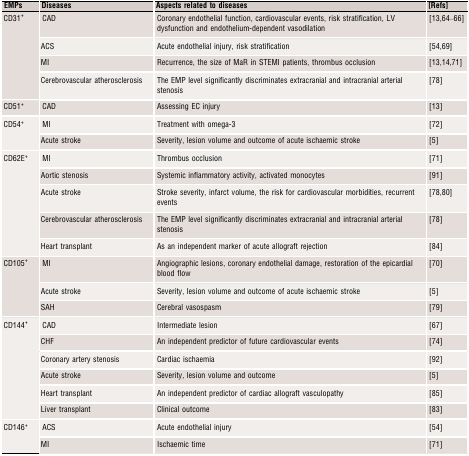
<table><thead><tr><td><b>EMPs</b></td><td><b>Diseases</b></td><td><b>Aspects related to diseases</b></td><td><b>[Refs]</b></td></tr></thead><tbody><tr><td rowspan="4">CD31<sup>+</sup></td><td>CAD</td><td>Coronary endothelial function, cardiovascular events, risk stratification, LV dysfunction and endothelium‐dependent vasodilation</td><td>13, 64, 65, 66</td></tr><tr><td>ACS</td><td>Acute endothelial injury, risk stratification</td><td>54, 69</td></tr><tr><td>MI</td><td>Recurrence, the size of MaR in STEMI patients, thrombus occlusion</td><td>13, 14, 71</td></tr><tr><td>Cerebrovascular atherosclerosis</td><td>The EMP level significantly discriminates extracranial and intracranial arterial stenosis</td><td>78</td></tr><tr><td>CD51<sup>+</sup></td><td>CAD</td><td>Assessing EC injury</td><td>13</td></tr><tr><td rowspan="2">CD54<sup>+</sup></td><td>MI</td><td>Treatment with omega‐3</td><td>72</td></tr><tr><td>Acute stroke</td><td>Severity, lesion volume and outcome of acute ischaemic stroke</td><td>5</td></tr><tr><td rowspan="5">CD62E<sup>+</sup></td><td>MI</td><td>Thrombus occlusion</td><td>71</td></tr><tr><td>Aortic stenosis</td><td>Systemic inflammatory activity, activated monocytes</td><td>91</td></tr><tr><td>Acute stroke</td><td>Stroke severity, infarct volume, the risk for cardiovascular morbidities, recurrent events</td><td>78, 80</td></tr><tr><td>Cerebrovascular atherosclerosis</td><td>The EMP level significantly discriminates extracranial and intracranial arterial stenosis</td><td>78</td></tr><tr><td>Heart transplant</td><td>As an independent marker of acute allograft rejection</td><td>84</td></tr><tr><td rowspan="3">CD105<sup>+</sup></td><td>MI</td><td>Angiographic lesions, coronary endothelial damage, restoration of the epicardial blood flow</td><td>70</td></tr><tr><td>Acute stroke</td><td>Severity, lesion volume and outcome of acute ischaemic stroke</td><td>5</td></tr><tr><td>SAH</td><td>Cerebral vasospasm</td><td>79</td></tr><tr><td rowspan="6">CD144<sup>+</sup></td><td>CAD</td><td>Intermediate lesion</td><td>67</td></tr><tr><td>CHF</td><td>An independent predictor of future cardiovascular events</td><td>74</td></tr><tr><td>Coronary artery stenosis</td><td>Cardiac ischaemia</td><td>92</td></tr><tr><td>Acute stroke</td><td>Severity, lesion volume and outcome</td><td>5</td></tr><tr><td>Heart transplant</td><td>An independent predictor of cardiac allograft vasculopathy</td><td>85</td></tr><tr><td>Liver transplant</td><td>Clinical outcome</td><td>83</td></tr><tr><td rowspan="2">CD146<sup>+</sup></td><td>ACS</td><td>Acute endothelial injury</td><td>54</td></tr><tr><td>MI</td><td>Ischaemic time</td><td>71</td></tr></tbody></table>